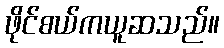
ဖိုင်စယ်ကယူဆသည်။